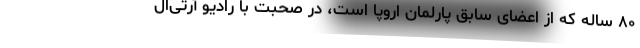
۸۰ ساله که از اعضای سابق پارلمان اروپا است، در صحبت با رادیو آر‌تی‌ال